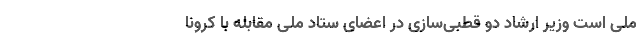
ملی است وزیر ارشاد دو قطبی‌سازی در اعضای ستاد ملی مقابله با کرونا